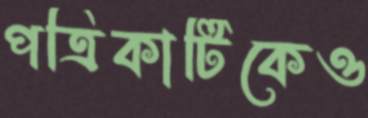
পত্রিকাটিকেও